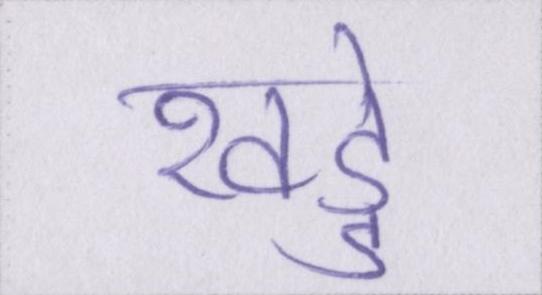
खड्डे